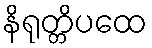
နိရုတ္တိပထေ